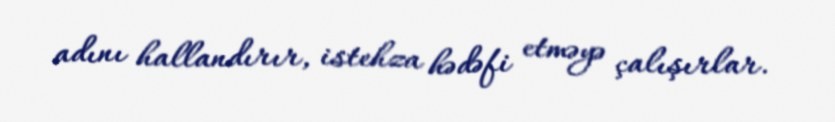
adını hallandırır, istehza hədəfi etməyə çalışırlar.